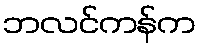
ဘလင်ကန်က